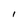
Character: I